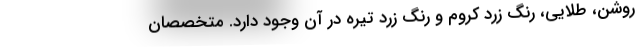
روشن، طلایی، رنگ زرد کروم و رنگ زرد تیره در آن وجود دارد. متخصصان